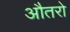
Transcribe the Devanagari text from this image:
औतरो